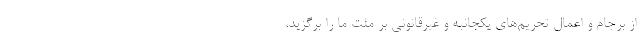
از برجام و اعمال تحریم‌های یکجانبه و غیرقانونی بر ملت ما را برگزید،